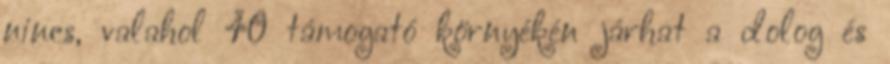
nincs, valahol 40 támogató környékén járhat a dolog és